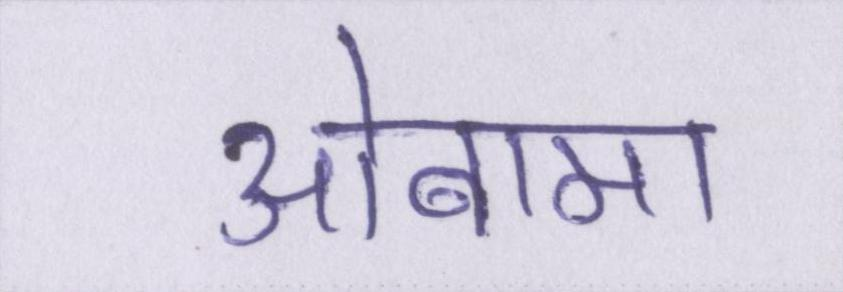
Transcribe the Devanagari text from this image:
ओबामा